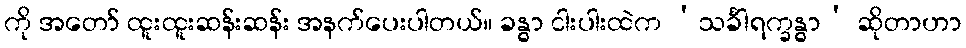
ကို အတော် ထူးထူးဆန်းဆန်း အနက်ပေးပါတယ်။ ခန္ဓာ ငါးပါးထဲက ‘သင်္ခါရက္ခန္ဓာ’ ဆိုတာဟာ